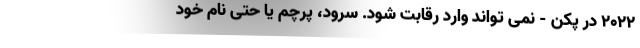
۲۰۲۲ در پکن - نمی تواند وارد رقابت شود. سرود، پرچم یا حتی نام خود